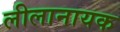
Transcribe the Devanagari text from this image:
लीलानायक